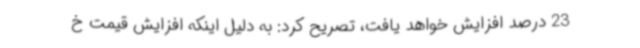
23 درصد افزایش خواهد یافت، تصریح کرد: به دلیل اینکه افزایش قیمت خ